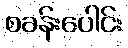
စခန်းပေါင်း